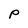
Character: P